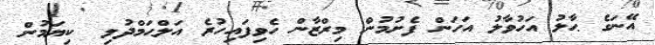
އޭނަގެ ޙާލު އަހުވާލު އަހަން ފެށުމުން މިރްޒާން ހެވިފައިހުރެ އަލްޙަމްދުލި  ކިޔަމުން